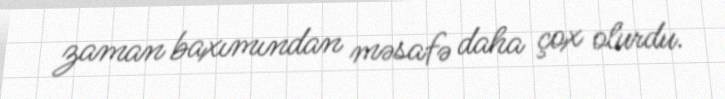
zaman baxımından məsafə daha çox olurdu.